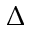
\Delta